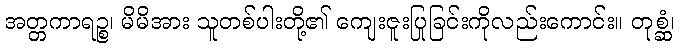
အတ္တကာရဉ္စ၊ မိမိအား သူတစ်ပါးတို့၏ ကျေးဇူးပြုခြင်းကိုလည်းကောင်း။ တုစ္ဆံ၊